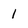
Character: 1